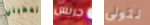
وتعطيني جريس نتولى